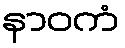
နာဝကံ